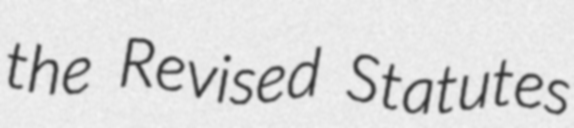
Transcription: the Revised Statutes